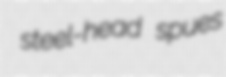
steel-head spues